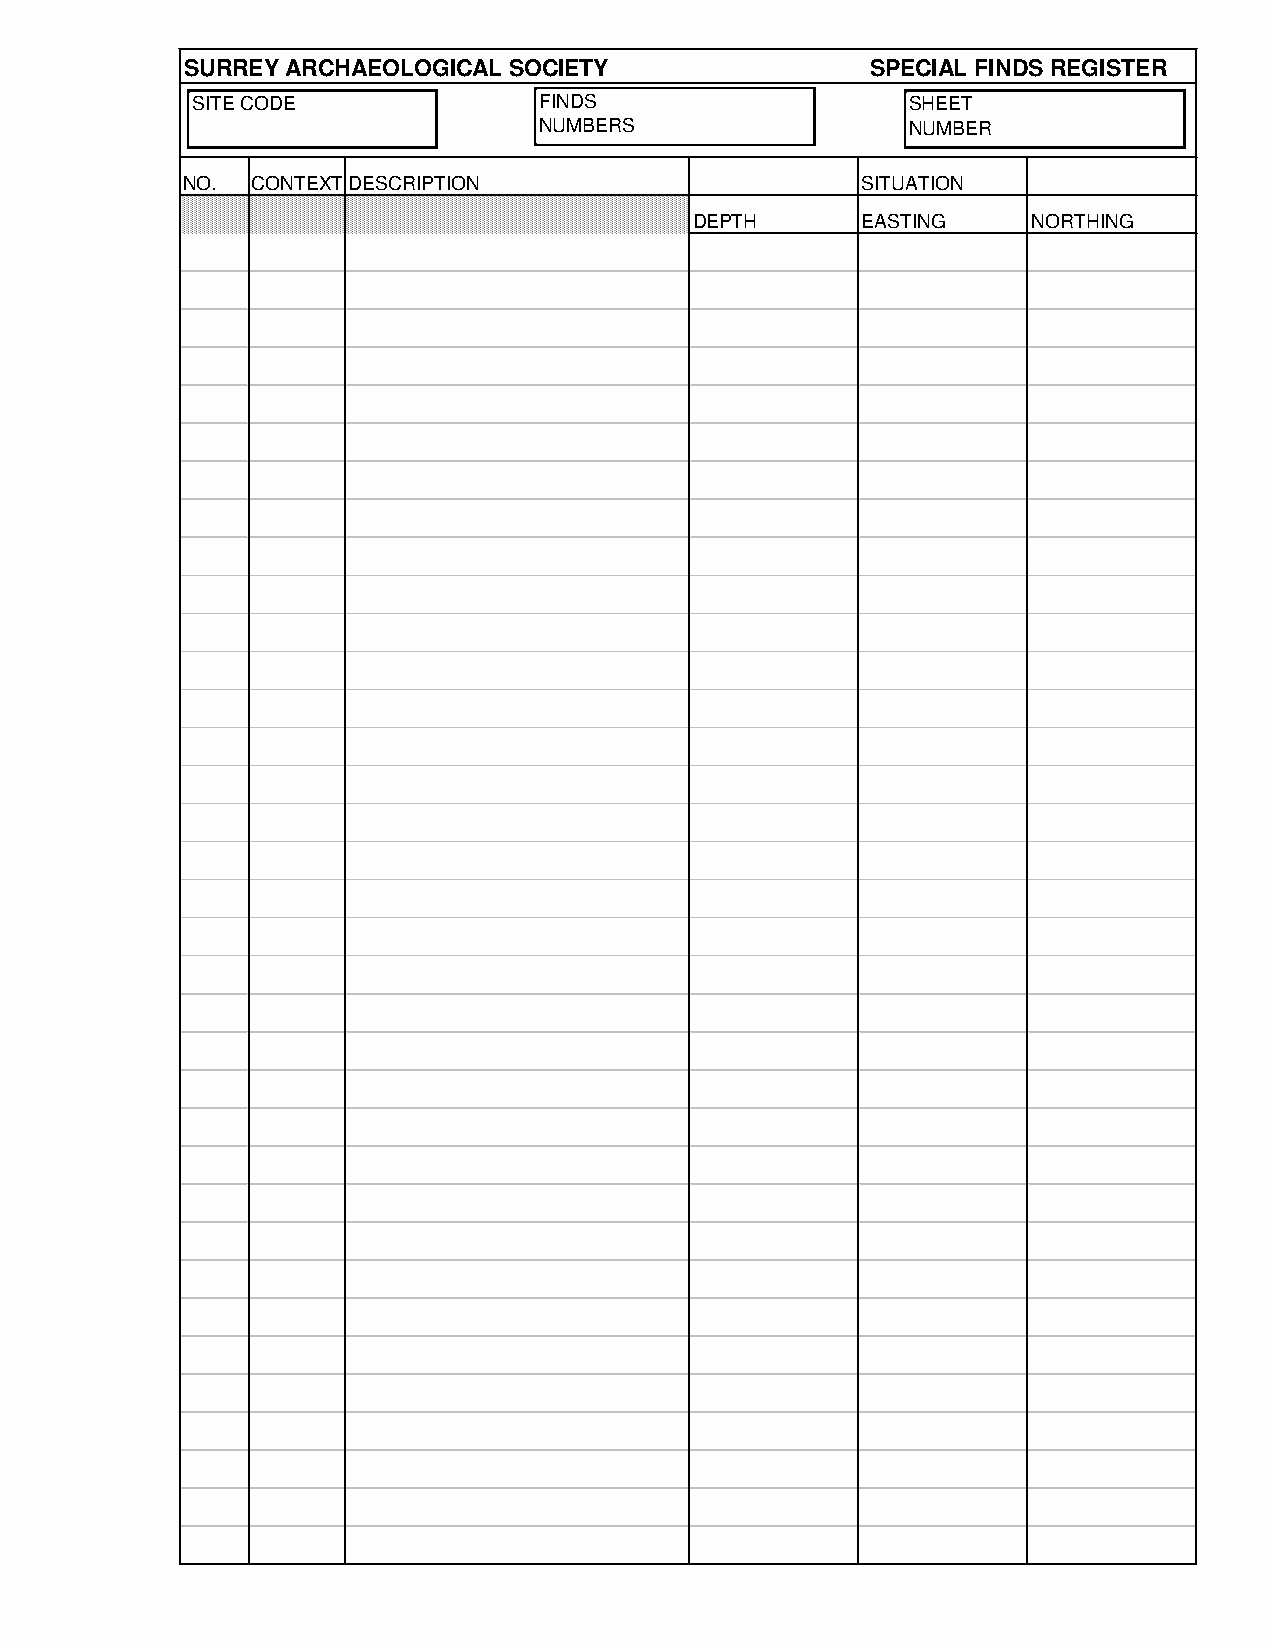
SURREY ARCHAEOLOGICAL SOCIETY                 SPECIAL FINDS REGISTER
 SITE CODE              FINDS                   SHEET
 NUMBERS                 NUMBER
 NO.  CONTEXTDESCRIPTION                      SITUATION
 DEPTH      EASTING    NORTHING